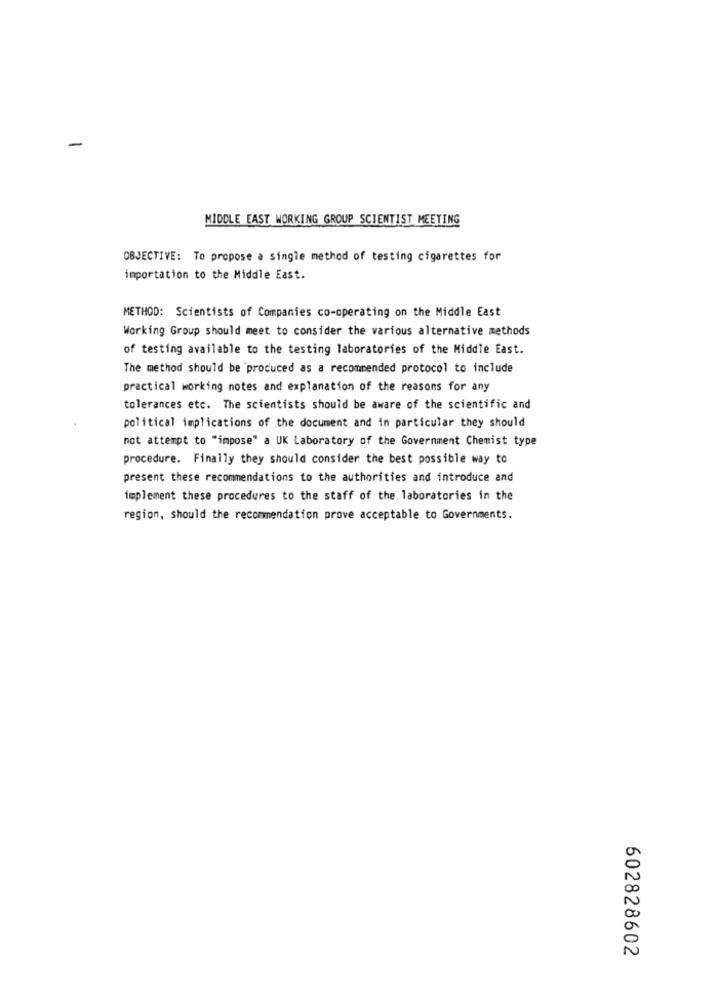
MIDDLE EAST WORKING GROUP SCIENTIST MEETING
OBJECTIVE: To propose a single method of testing cigarettes for
importation to the Middle East.
METHOD: Scientists of Companies co-operating on the Middle East
Working Group should meet to consider the various alternative methods
of testing available to the testing laboratories of the Middle East.
The method should be produced as a recommended protocol to include
practical working notes and explanation of the reasons for any
tolerances etc. The scientists should be aware of the scientific and
political implications of the document and in particular they should
not attempt to "impose" a UK Laboratory of the Government Chemist type
procedure. Finally they should consider the best possible way to
present these recommendations to the authorities and introduce and
implement these procedures to the staff of the. laboratories in the
region, should the recommendation prove acceptable to Governments.
602828602